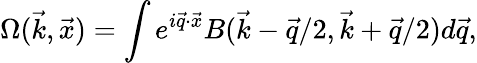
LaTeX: \Omega(\vec{k},\vec{x})=\int e^{i\vec{q}\cdot\vec{x}}B(\vec{k}-\vec{q}/2,\vec{k}+\vec{q}/2)d\vec{q},